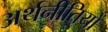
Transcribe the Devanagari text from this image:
अर्थनीतियों